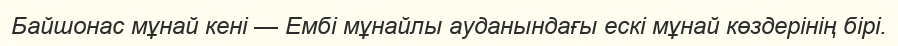
Байшонас мұнай кені — Ембі мұнайлы ауданындағы ескі мұнай көздерінің бірі.